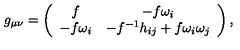
g _ { \mu \nu } = \left( \begin{array} { c c } { f } & { - f \omega _ { i } } \\ { - f \omega _ { i } } & { - f ^ { - 1 } h _ { i j } + f \omega _ { i } \omega _ { j } } \\ \end{array} \right) ,